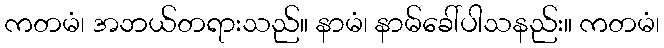
ကတမံ၊ အဘယ်တရားသည်။ နာမံ၊ နာမ်ခေါ်ပါသနည်း။ ကတမံ၊